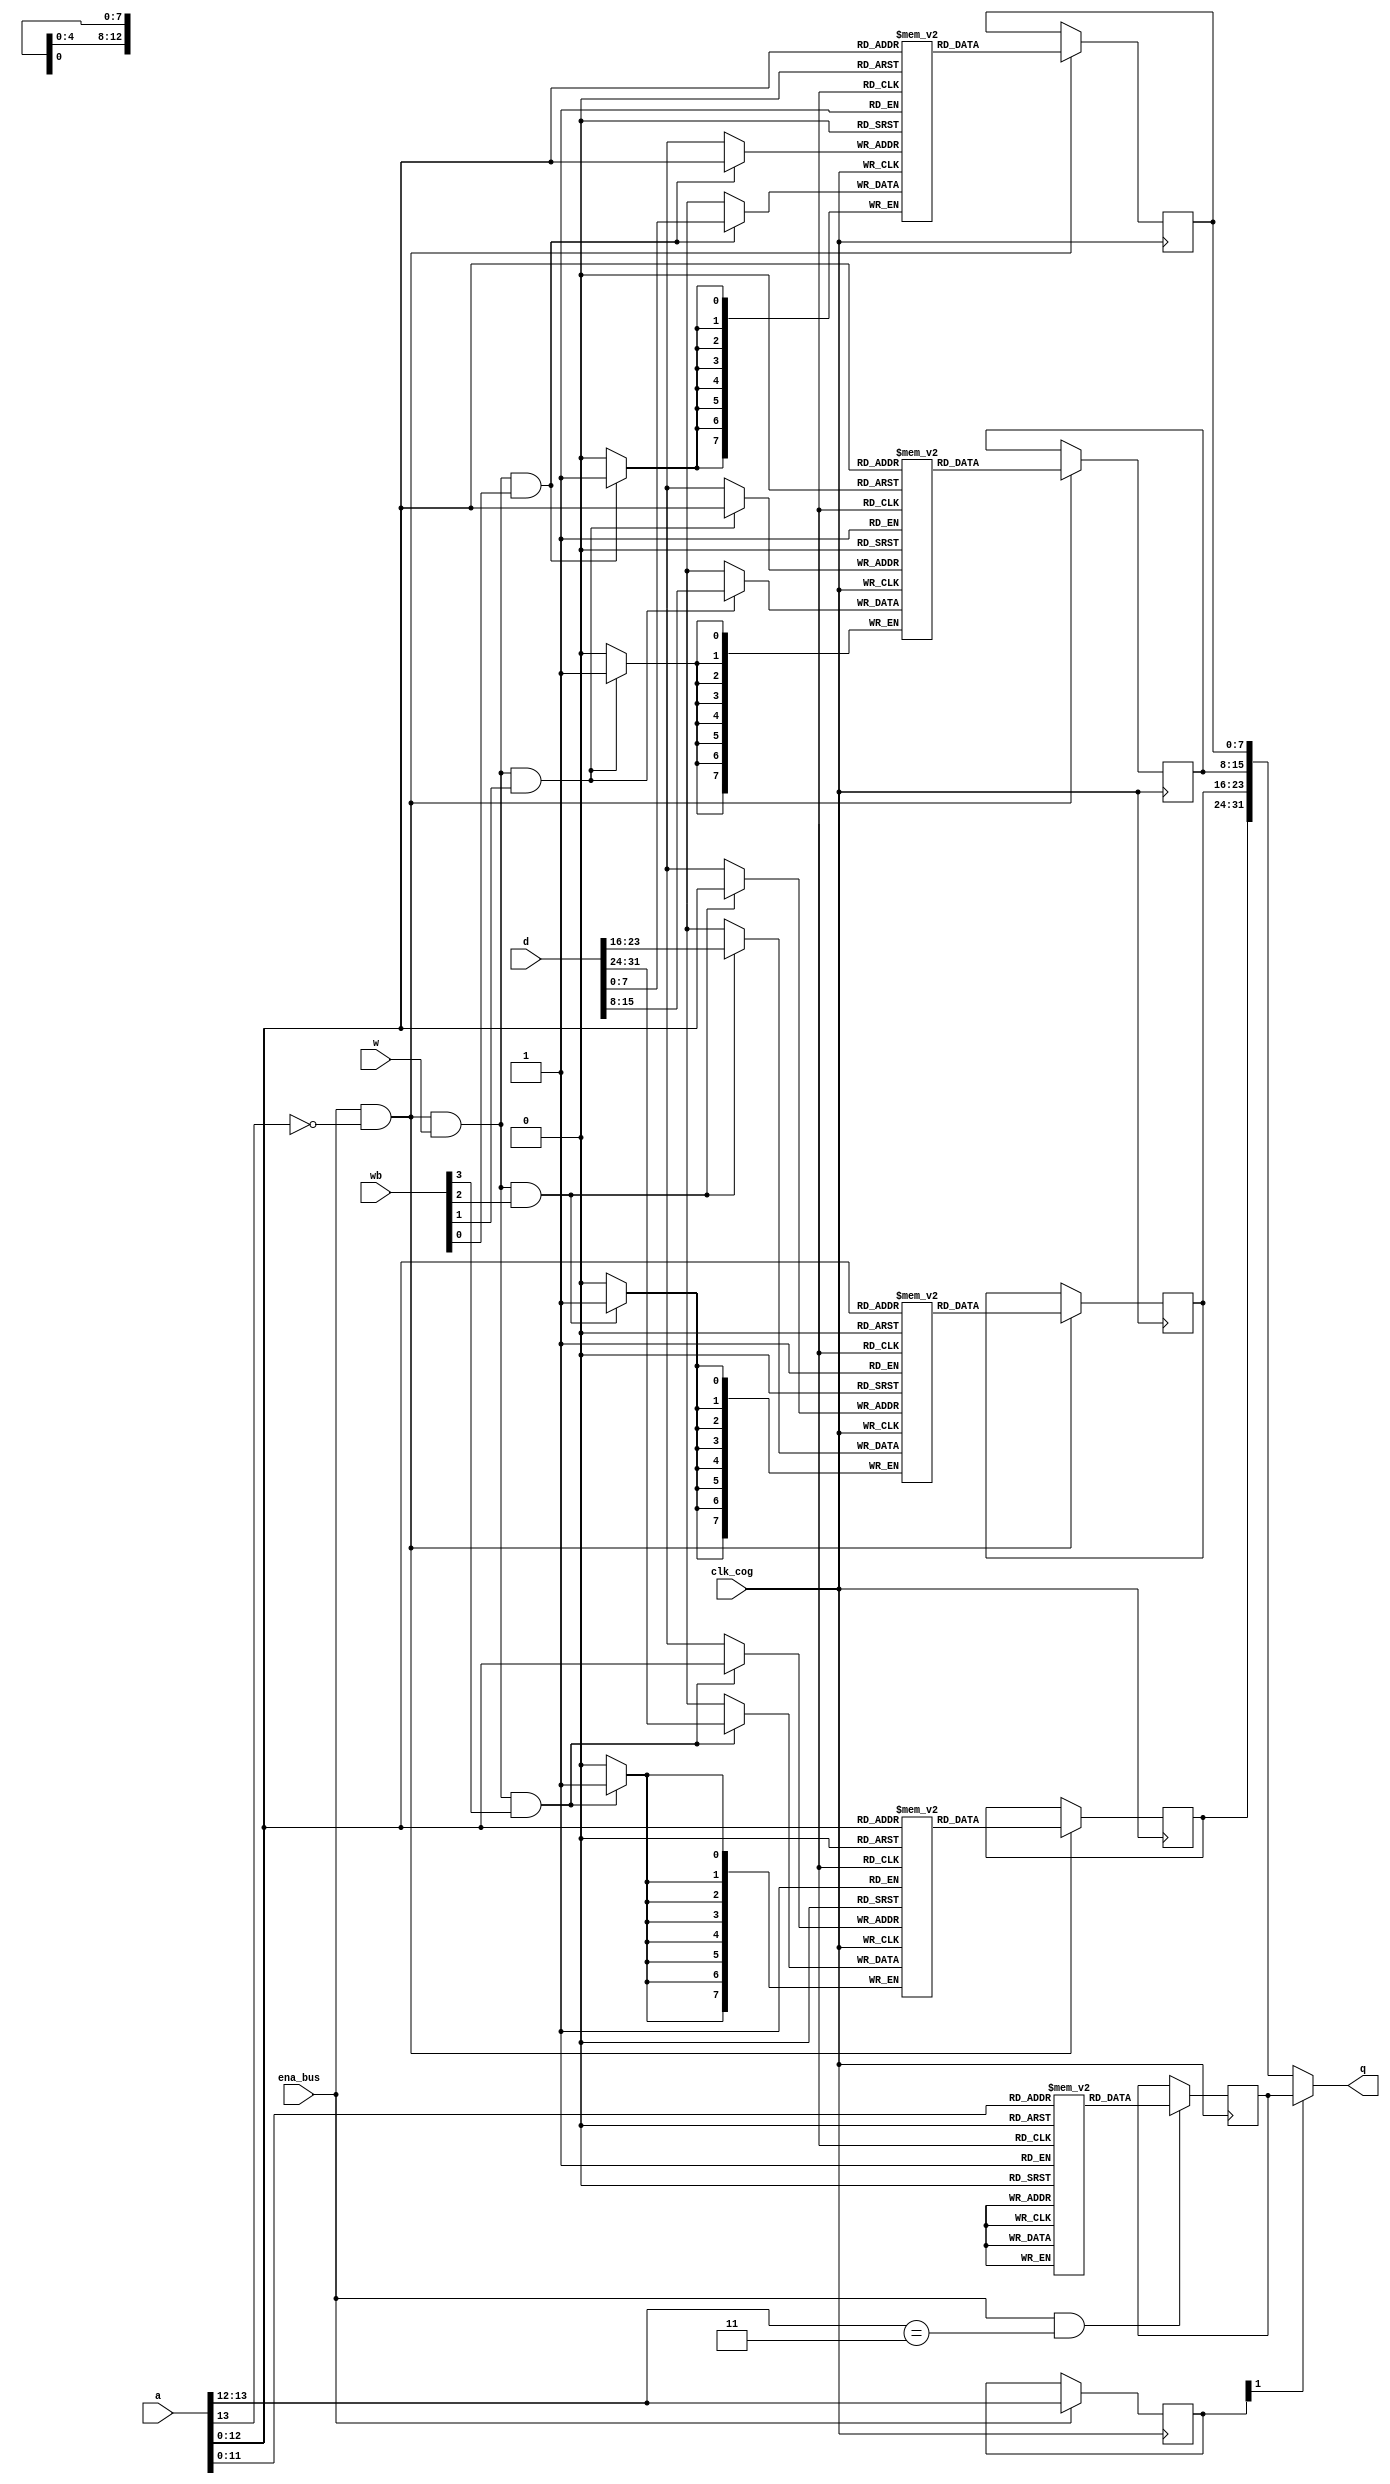
// hub_mem

/*
-------------------------------------------------------------------------------
Copyright 2014 Parallax Inc.

This file is part of the hardware description for the Propeller 1 Design.

The Propeller 1 Design is free software: you can redistribute it and/or modify
it under the terms of the GNU General Public License as published by the
Free Software Foundation, either version 3 of the License, or (at your option)
any later version.

The Propeller 1 Design is distributed in the hope that it will be useful,
but WITHOUT ANY WARRANTY; without even the implied warranty of MERCHANTABILITY
or FITNESS FOR A PARTICULAR PURPOSE.  See the GNU General Public License for
more details.

You should have received a copy of the GNU General Public License along with
the Propeller 1 Design.  If not, see <http://www.gnu.org/licenses/>.
-------------------------------------------------------------------------------
*/

module              hub_mem
(
input               clk_cog,
input               ena_bus,

input               w,
input        [3:0]  wb,
input       [13:0]  a,
input       [31:0]  d,

output      [31:0]  q
);


// 8192 x 32 ram with byte-write enables ($0000..$7FFF)

reg [7:0] ram3 [8191:0];
reg [7:0] ram2 [8191:0];
reg [7:0] ram1 [8191:0];
reg [7:0] ram0 [8191:0];

reg [7:0] ram_q3;
reg [7:0] ram_q2;
reg [7:0] ram_q1;
reg [7:0] ram_q0;

always @(posedge clk_cog)
begin
    if (ena_bus && !a[13] && w && wb[3])
        ram3[a[12:0]] <= d[31:24];
    if (ena_bus && !a[13])
        ram_q3 <= ram3[a[12:0]];
end

always @(posedge clk_cog)
begin
    if (ena_bus && !a[13] && w && wb[2])
        ram2[a[12:0]] <= d[23:16];
    if (ena_bus && !a[13])
        ram_q2 <= ram2[a[12:0]];
end

always @(posedge clk_cog)
begin
    if (ena_bus && !a[13] && w && wb[1])
        ram1[a[12:0]] <= d[15:8];
    if (ena_bus && !a[13])
        ram_q1 <= ram1[a[12:0]];
end

always @(posedge clk_cog)
begin
    if (ena_bus && !a[13] && w && wb[0])
        ram0[a[12:0]] <= d[7:0];
    if (ena_bus && !a[13])
        ram_q0 <= ram0[a[12:0]];
end


// 4096 x 32 rom containing character definitions ($8000..$BFFF)

(* ram_init_file = "hub_rom_low.hex" *)     reg [31:0] rom_low [4095:0];

reg [31:0] rom_low_q;

always @(posedge clk_cog)
if (ena_bus && a[13:12] == 2'b10)
    rom_low_q <= rom_low[a[11:0]];


// 4096 x 32 rom containing sin table, log table, booter, and interpreter ($C000..$FFFF)

(* ram_init_file = "hub_rom_high.hex" *)    reg [31:0] rom_high [4095:0];

reg [31:0] rom_high_q;

always @(posedge clk_cog)
if (ena_bus && a[13:12] == 2'b11)
    rom_high_q <= rom_high[a[11:0]];


// memory output mux

reg [1:0] mem;

always @(posedge clk_cog)
if (ena_bus)
    mem <= a[13:12];

assign q            = !mem[1]   ? {ram_q3, ram_q2, ram_q1, ram_q0}
        //          : !mem[0]   ? rom_low_q     // comment out this line for DE0-Nano (sacrifices character rom to fit device)
                                : rom_high_q;

endmodule